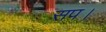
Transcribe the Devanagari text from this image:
सप।